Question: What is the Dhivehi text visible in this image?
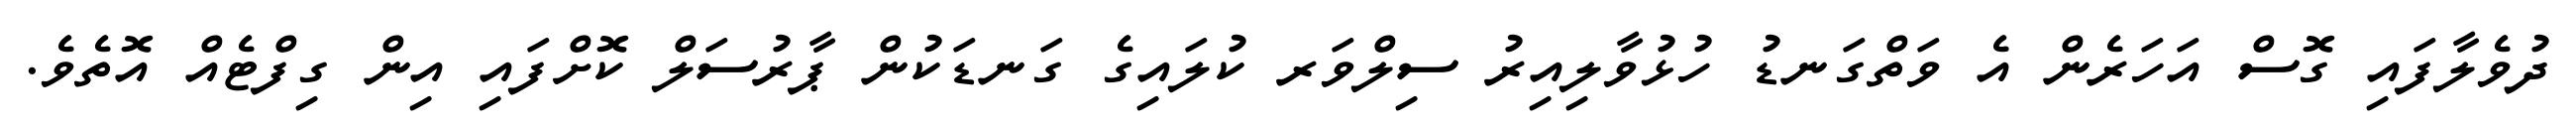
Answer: ދުވެލާފައި ގޮސް އަހަރެން އެ ވަތްގަނޑު ހުޅުވާލިއިރު ސިލްވަރ ކުލައިގެ ގަނޑަކުން ޕާރުސަލް ކޮށްފައި އިން ގިފްޓެއް އޮތެވެ.